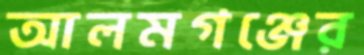
আলমগঞ্জের